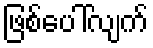
ဖြစ်ပေါ်လျက်